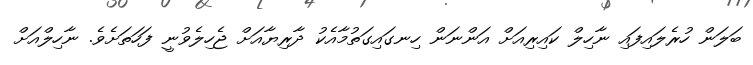
ބަލަން ހުރެލައިފައި ނާހިލް ކައިރިއަށް އަންނަން ހިނގައިގަތުމާއެކު ދާރިޔާއަށް ޖެހިލެވުނީ ފަހަތަށެވެ. ނާހިލްއަށް